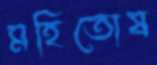
মহিতোষ